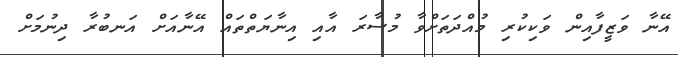
އޭނާ ވަޒީފާއިން ވަކިކުރި މުއްދަތަށްވާ މުސާރަ އާއި އިނާޔަތްތައް އޭނާއަށް އަނބުރާ ދިނުމަށް